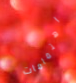
اهتمامات